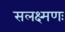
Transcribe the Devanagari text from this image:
सलक्ष्मणः